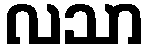
လသာ